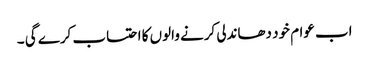
اب عوام خود دھاندلی کرنے والوں کا احتساب کرے گی ۔